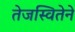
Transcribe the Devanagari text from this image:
तेजस्वितेने